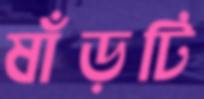
ষাঁড়টি